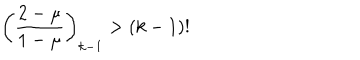
LaTeX: \left( \frac { 2 - \mu } { 1 - \mu } \right) _ { k - 1 } > ( k - 1 ) !